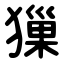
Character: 㺐